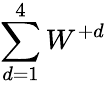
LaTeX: \sum_{d=1}^{4}W^{+d}